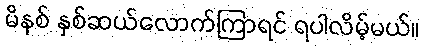
မိနစ် နှစ်ဆယ်လောက်ကြာရင် ရပါလိမ့်မယ်။